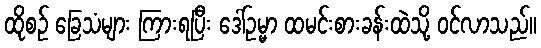
ထိုစဉ် ခြေသံများ ကြားရပြီး ဒေါ်ဥမ္မာ ထမင်းစားခန်းထဲသို့ ဝင်လာသည်။